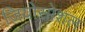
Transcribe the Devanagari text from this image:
जियोसोशल